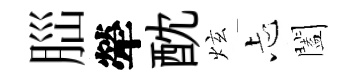
𦛁犖酖炫忐闔